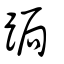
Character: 跼